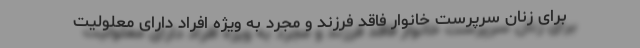
برای زنان سرپرست خانوار فاقد فرزند و مجرد به ویژه افراد دارای معلولیت